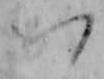
か